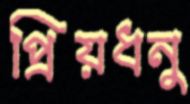
প্রিয়ধনু